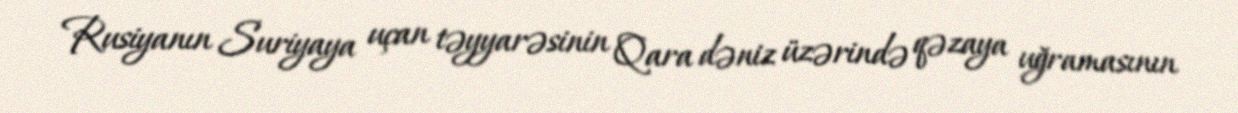
Rusiyanın Suriyaya uçan təyyarəsinin Qara dəniz üzərində qəzaya uğramasının